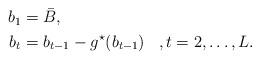
LaTeX: \begin{align*}\begin{aligned}b_1&=\bar{B},&&\\b_t&=b_{t-1}-g^\star(b_{t-1})&&,t=2,\ldots,L.\end{aligned}\end{align*}